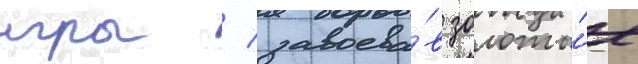
игры / завоева́в золоты́е